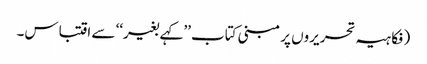
(فکاہیہ تحریروں پر مبنی کتاب ’’کہے بغیر‘‘ سے اقتباس۔